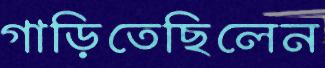
গাড়িতেছিলেন